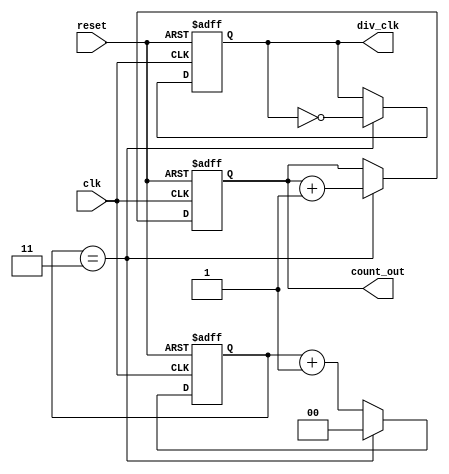
module frequency_divider_counter #(
    parameter N = 4  // Default division factor
)(
    input wire clk,          // Input clock signal
    input wire reset,        // Asynchronous reset signal
    output reg div_clk,      // Divided clock output
    output reg [$clog2(N)-1:0] count_out // Count output
);

    reg [$clog2(N)-1:0] count; // Counter register

    always @(posedge clk or posedge reset) begin
        if (reset) begin
            count <= 0;         // Reset counter
            div_clk <= 0;       // Reset divided clock
            count_out <= 0;     // Reset count output
        end else begin
            if (N > 1) begin
                if (count == N - 1) begin
                    count <= 0;   // Reset count
                    div_clk <= ~div_clk; // Toggle divided clock
                    count_out <= count_out + 1; // Increment count output
                end else begin
                    count <= count + 1; // Increment count
                end
            end else begin
                // If N <= 1, mirror the input clock
                div_clk <= clk;
                count_out <= 0; // Reset count output
            end
        end
    end

endmodule